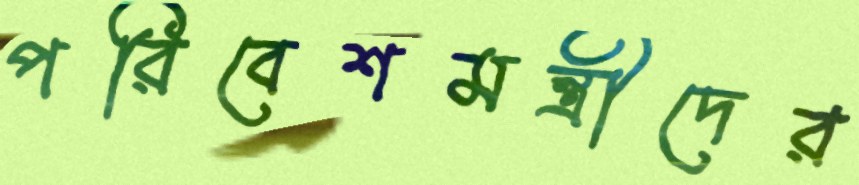
পরিবেশমন্ত্রীদের